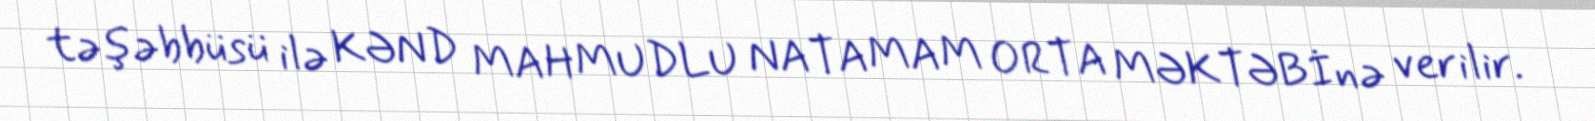
təşəbbüsü ilə KƏND MAHMUDLU NATAMAM ORTA MƏKTƏBİnə verilir.